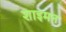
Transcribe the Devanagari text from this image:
शाइमन